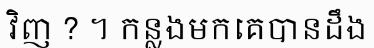
វិញ ? ។ កន្លងមកគេបានដឹង